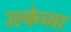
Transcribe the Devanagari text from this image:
उल्केच्या